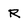
Character: R